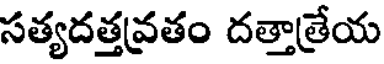
సత్యదత్తవ్రతం దత్తాత్రేయ